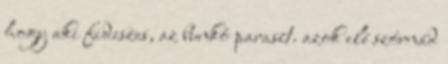
hogy aki fideszes, az bunkó paraszt. azok elé szórnád